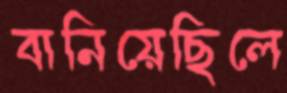
বানিয়েছিলে